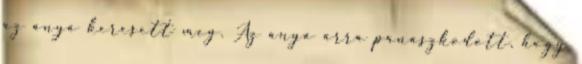
az anya keresett meg. Az anya arra panaszkodott, hogy